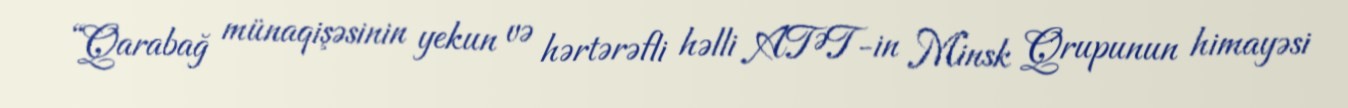
“Qarabağ münaqişəsinin yekun və hərtərəfli həlli ATƏT-in Minsk Qrupunun himayəsi